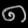
Digit: ၈